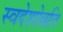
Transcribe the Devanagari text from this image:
स्वदेशोन्नति